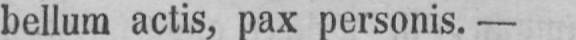
bellum actis, pax personis. -